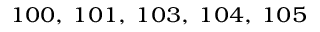
^ { 1 0 0 , ~ 1 0 1 , ~ 1 0 3 , ~ 1 0 4 , ~ 1 0 5 }